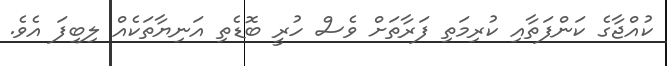
ކުއްޖާގެ ކަންފަތާއި ކުރިމަތި ފަރާތަށް ވެސް ހުރީ ބޮޑެތި އަނިޔާތަކެއް ލިބިފަ އެވެ.